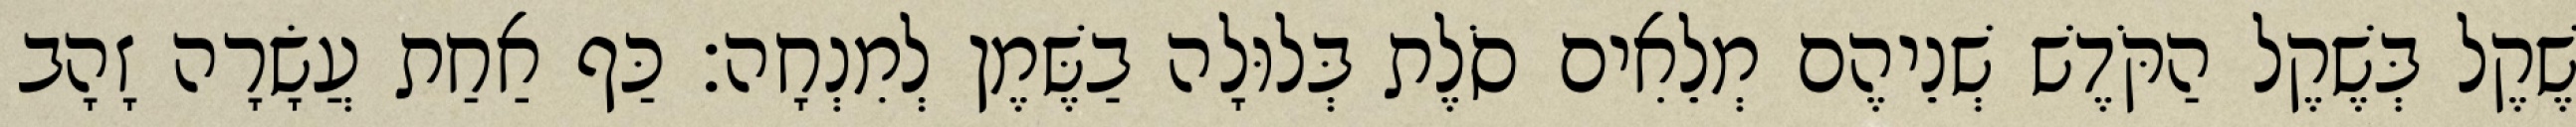
שֶׁקֶל בְּשֶׁקֶל הַקֹּדֶשׁ שְׁנֵיהֶם מְלֵאִים סֹלֶת בְּלוּלָה בַשֶּׁמֶן לְמִנְחָה׃ כַּף אַחַת עֲשָׂרָה זָהָב